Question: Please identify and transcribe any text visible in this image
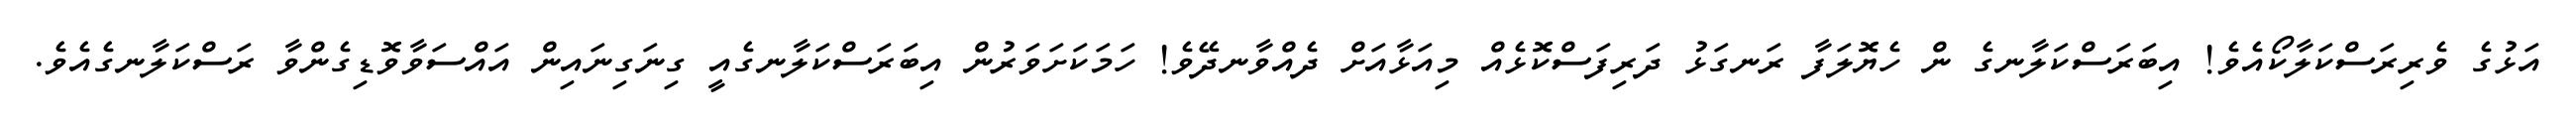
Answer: އަޅުގެ ވެރިރަސްކަލާކޯއެވެ! އިބަރަސްކަލާނގެ ން ހެޔޮލަފާ ރަނގަޅު ދަރިފަސްކޮޅެއް މިއަޅާއަށް ދެއްވާނދޭވެ! ހަމަކަށަވަރުން އިބަރަސްކަލާނގެއީ ގިނަގިނައިން އައްސަވާވޮޑިގެންވާ ރަސްކަލާނގެއެވެ.